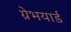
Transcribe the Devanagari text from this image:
ग्रेभयार्ड